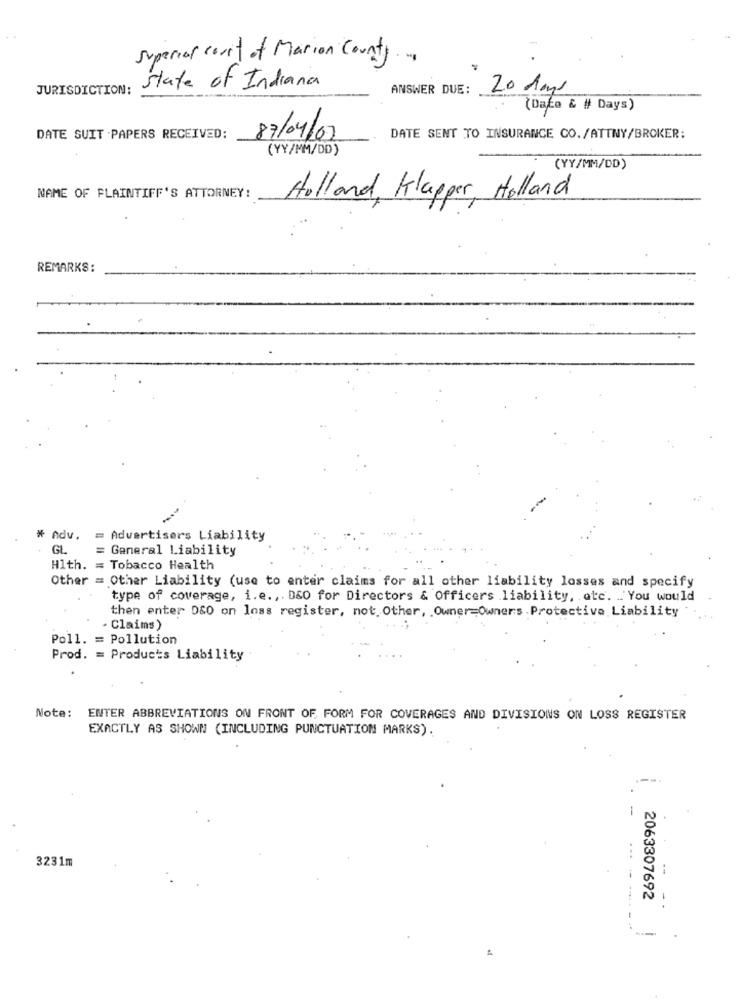
Superior court of Marion County.
JURISDICTION:
state of Indiana
ANSWER DUE:
20 days
(Date & # Days)
87/04/07
DATE SUIT PAPERS RECEIVED:
DATE SENT TO INSURANCE CO./ATTNY/BROKER:
(YY/MM/DD)
(YY/MM/DD)
NAME OF PLAINTIFF'S ATTORNEY:
Holland, Klapper, Holland
REMARKS:
# Adv. =
Advertisers Liability
GL
= General Liability
Hlth. = Tobacco Health
Other = Other Liability (use to enter claims for all other liability losses and specify
type of coverage, i.e ., D&O for Directors & Officers liability, otc. . You would
then enter D&O on loss register, not. Other, . Owner-Owners . Protective Liability
. Claims)
Poll. = Pollution
Prod. = Products Liability
Note:
ENTER ABBREVIATIONS ON FRONT OF, FORM FOR COVERAGES AND DIVISIONS ON LOSS REGISTER
EXACTLY AS SHOWN (INCLUDING PUNCTUATION MARKS).
--.
-
3231m
....
2063307692